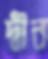
দ্বীন